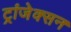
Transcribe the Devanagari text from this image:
ट्रांजेक्सन